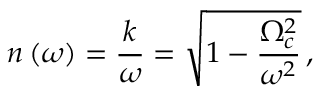
n \left( \omega \right) = \frac { k } { \omega } = \sqrt { 1 - \frac { \Omega _ { c } ^ { 2 } } { \omega ^ { 2 } } } \, ,